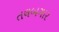
તલબગાર